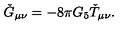
\check { G } _ { \mu \nu } = - 8 \pi G _ { 5 } \check { T } _ { \mu \nu } .